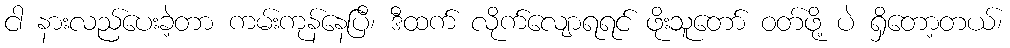
ငါ နားလည်ပေးခဲ့တာ ကမ်းကုန်နေပြီ၊ ဒီထက် လိုက်လျောရရင် ဖိုးသူတော် ဝတ်ဖို့ ပဲ ရှိတော့တယ်၊